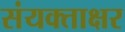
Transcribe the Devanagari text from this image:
संयक्ताक्षर